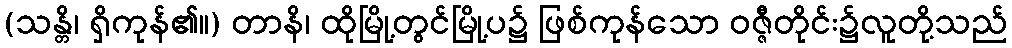
(သန္တိ၊ ရှိကုန်၏။) တာနိ၊ ထိုမြို့တွင်မြို့ပ၌ ဖြစ်ကုန်သော ဝဇ္ဇီတိုင်း၌လူတို့သည်